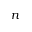
n